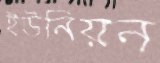
ইউনিয়ন